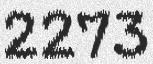
2273